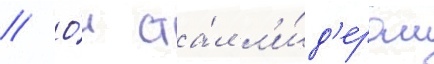
// О́н ста́л л'и́д'ером